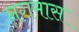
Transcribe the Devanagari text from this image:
नगमास